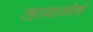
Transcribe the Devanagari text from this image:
व्हायाजोगे